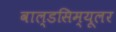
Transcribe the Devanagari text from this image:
वाल्डसिम्यूलर